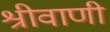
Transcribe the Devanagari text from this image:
श्रीवाणी